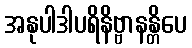
အနုပါဒါပရိနိဗ္ဗာနန္တိပေ